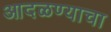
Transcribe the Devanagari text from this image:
आदळण्याचा